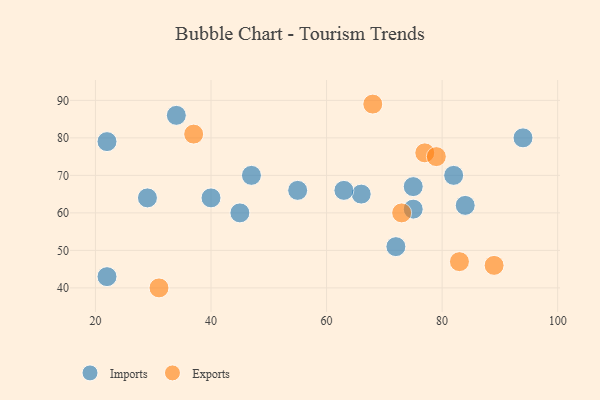
{"axis": {"x": "GDP", "y": "Life Expectancy"}, "legend": ["Exports", "Imports"], "data": [{"x": "34", "y": 86, "type": "Imports"}, {"x": "82", "y": 70, "type": "Imports"}, {"x": "47", "y": 70, "type": "Imports"}, {"x": "22", "y": 43, "type": "Imports"}, {"x": "55", "y": 66, "type": "Imports"}, {"x": "75", "y": 67, "type": "Imports"}, {"x": "29", "y": 64, "type": "Imports"}, {"x": "45", "y": 60, "type": "Imports"}, {"x": "66", "y": 65, "type": "Imports"}, {"x": "84", "y": 62, "type": "Imports"}, {"x": "22", "y": 79, "type": "Imports"}, {"x": "72", "y": 51, "type": "Imports"}, {"x": "75", "y": 61, "type": "Imports"}, {"x": "40", "y": 64, "type": "Imports"}, {"x": "94", "y": 80, "type": "Imports"}, {"x": "63", "y": 66, "type": "Imports"}, {"x": "68", "y": 89, "type": "Exports"}, {"x": "77", "y": 76, "type": "Exports"}, {"x": "83", "y": 47, "type": "Exports"}, {"x": "37", "y": 81, "type": "Exports"}, {"x": "73", "y": 60, "type": "Exports"}, {"x": "89", "y": 46, "type": "Exports"}, {"x": "79", "y": 75, "type": "Exports"}, {"x": "31", "y": 40, "type": "Exports"}]}